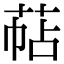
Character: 萜